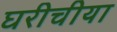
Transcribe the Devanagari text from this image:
घरीचीया